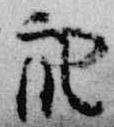
衆